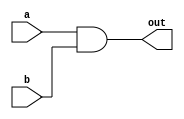
module my_and(
  input a,
  input b,
  output out
  );
  and w1(out,a,b);
  
endmodule